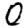
Digit: 0